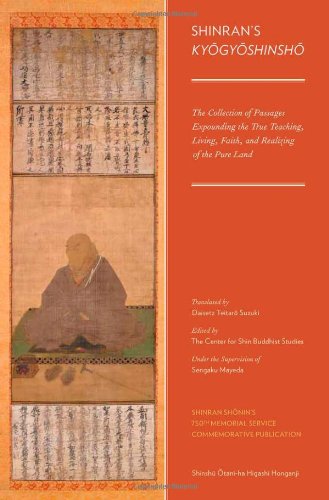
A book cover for Shinran's Kyogyoshinsho: The Collection of Passages Expounding the True Teaching, Living, Faith, and Realizing of the Pure Land; Religion & Spirituality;